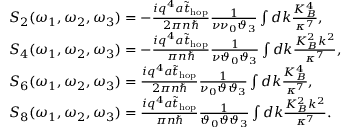
\begin{array} { r l } & { S _ { 2 } ( \omega _ { 1 } , \omega _ { 2 } , \omega _ { 3 } ) = - \frac { i q ^ { 4 } a \tilde { t } _ { \mathrm { h o p } } } { 2 \pi n \hbar } \frac { 1 } { \nu \nu _ { 0 } \vartheta _ { 3 } } \int d k \frac { K _ { B } ^ { 4 } } { \kappa ^ { 7 } } , } \\ & { S _ { 4 } ( \omega _ { 1 } , \omega _ { 2 } , \omega _ { 3 } ) = - \frac { i q ^ { 4 } a \tilde { t } _ { \mathrm { h o p } } } { \pi n \hbar } \frac { 1 } { \nu \vartheta _ { 0 } \vartheta _ { 3 } } \int d k \frac { K _ { B } ^ { 2 } k ^ { 2 } } { \kappa ^ { 7 } } , } \\ & { S _ { 6 } ( \omega _ { 1 } , \omega _ { 2 } , \omega _ { 3 } ) = \frac { i q ^ { 4 } a \tilde { t } _ { \mathrm { h o p } } } { 2 \pi n \hbar } \frac { 1 } { \nu _ { 0 } \vartheta \vartheta _ { 3 } } \int d k \frac { K _ { B } ^ { 4 } } { \kappa ^ { 7 } } , } \\ & { S _ { 8 } ( \omega _ { 1 } , \omega _ { 2 } , \omega _ { 3 } ) = \frac { i q ^ { 4 } a \tilde { t } _ { \mathrm { h o p } } } { \pi n \hbar } \frac { 1 } { \vartheta _ { 0 } \vartheta \vartheta _ { 3 } } \int d k \frac { K _ { B } ^ { 2 } k ^ { 2 } } { \kappa ^ { 7 } } . } \end{array}